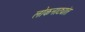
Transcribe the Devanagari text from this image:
लोकनाट्यांत